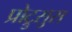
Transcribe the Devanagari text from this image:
प्रोट्रुसुस